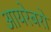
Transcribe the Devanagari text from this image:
आयरेबरो